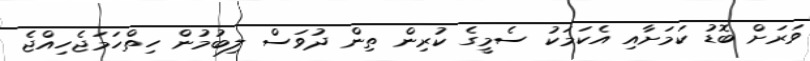
ވަރަށް ބޮޑު ކަމަށާއި އެކަމަކު ސެމީގެ ކުރިން ތިން ދުވަސް ލިބުމުން ހިތްހަމަޖެހިއްޖެ